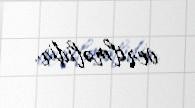
verilməlidir.